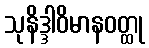
သုနိဒ္ဒါဝိမာနဝတ္ထု